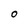
Character: O